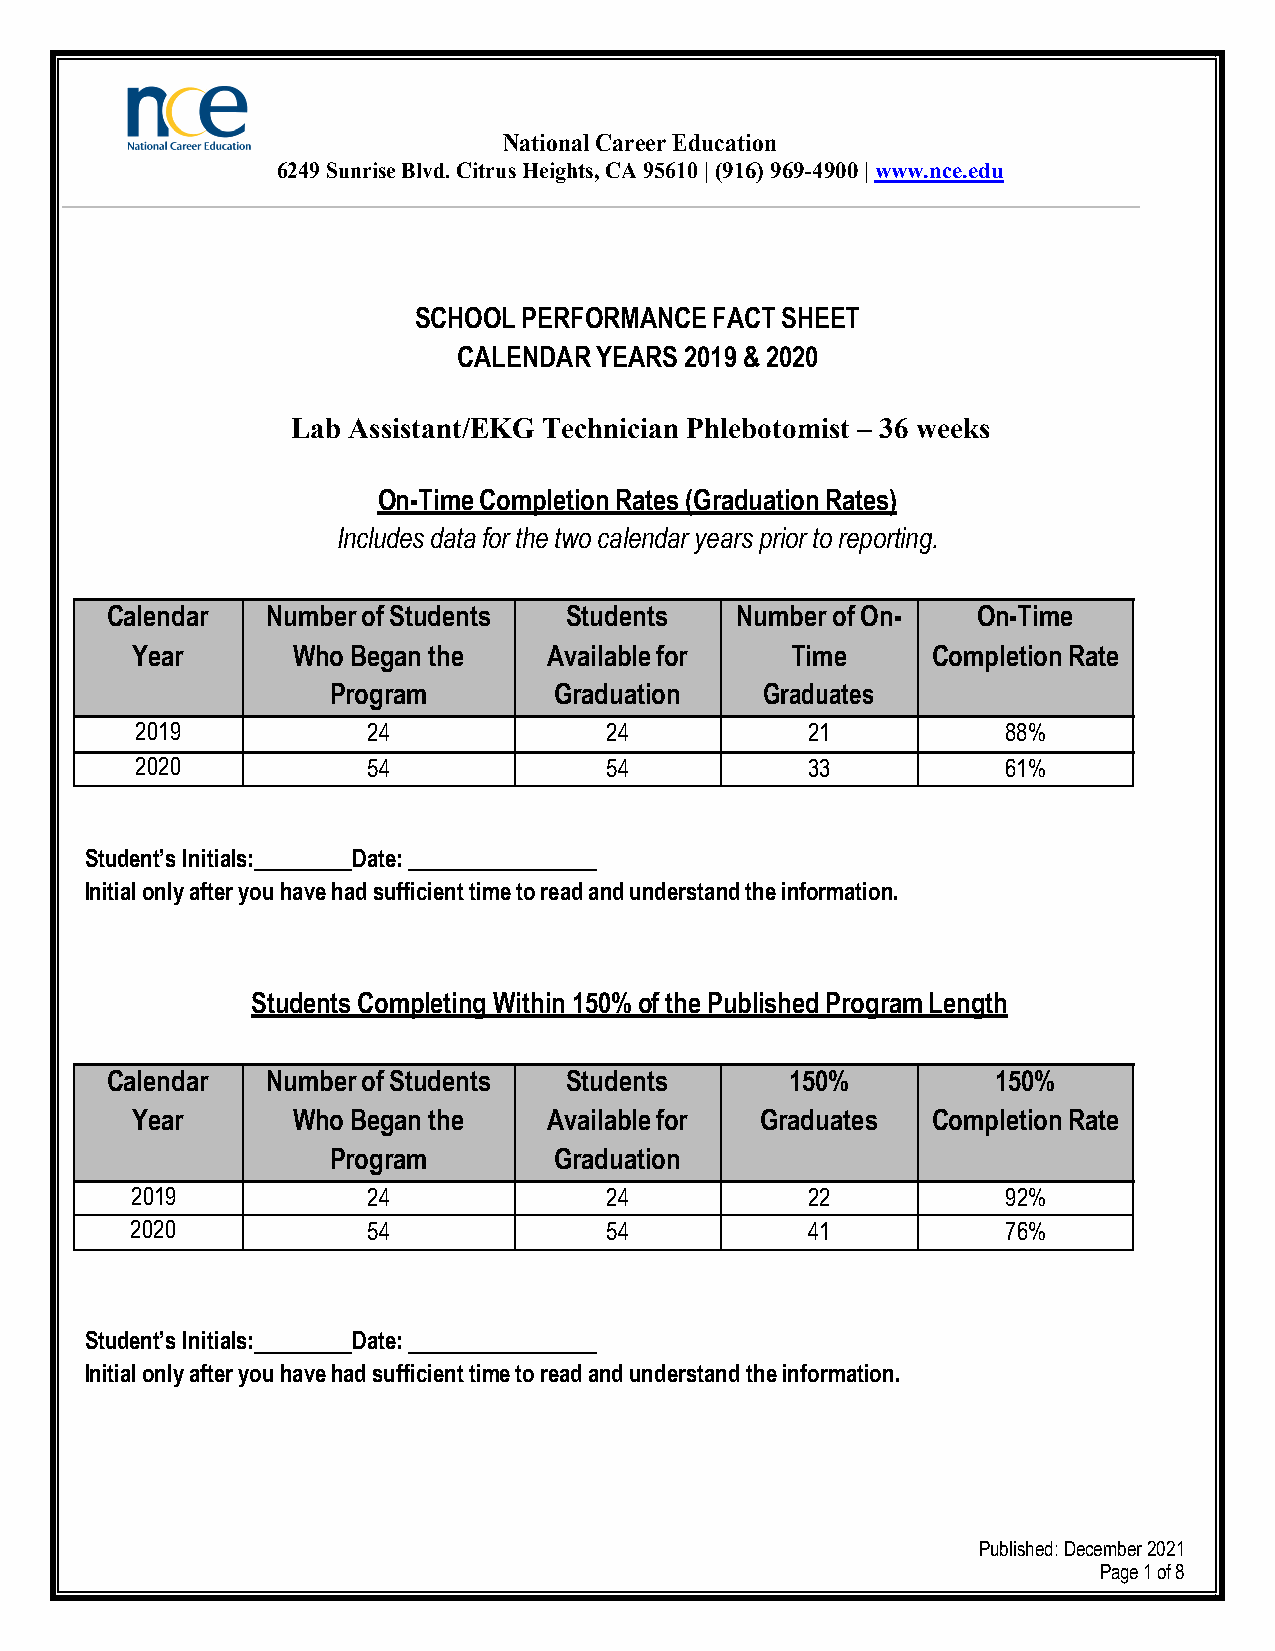
National Career Education
 6249 Sunrise Blvd. Citrus Heights, CA 95610 | (916) 969-4900 | www.nce.edu
 SCHOOL  PERFORMANCE FACT SHEET
 CALENDAR YEARS 2019 & 2020
 Lab Assistant/EKG Technician Phlebotomist – 36 weeks
 On-Time Completion Rates (Graduation Rates)
 Includes data for the two calendar years prior to reporting.
 Calendar   Number of Students  Students   Number of On-   On-Time
 Year      Who Began the    Available for   Time      Completion Rate
 Program        Graduation    Graduates
 2019           24              24           21            88%
 2020           54              54           33            61%
 Student’s Initials: Date:
 Initial only after you have had sufficient time to read and understand the information.
 Students Completing Within 150% of the Published Program Length
 Calendar   Number of Students  Students      150%          150%
 Year      Who Began the    Available for Graduates   Completion Rate
 Program        Graduation
 2019           24              24           22            92%
 2020           54              54           41            76%
 Student’s Initials: Date:
 Initial only after you have had sufficient time to read and understand the information.
 Published: December 2021
 Page 1 of 8